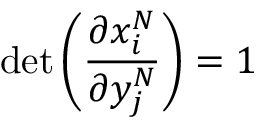
\operatorname* { d e t } \left( \frac { \partial x _ { i } ^ { N } } { \partial y _ { j } ^ { N } } \right) = 1